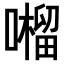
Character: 𡂆